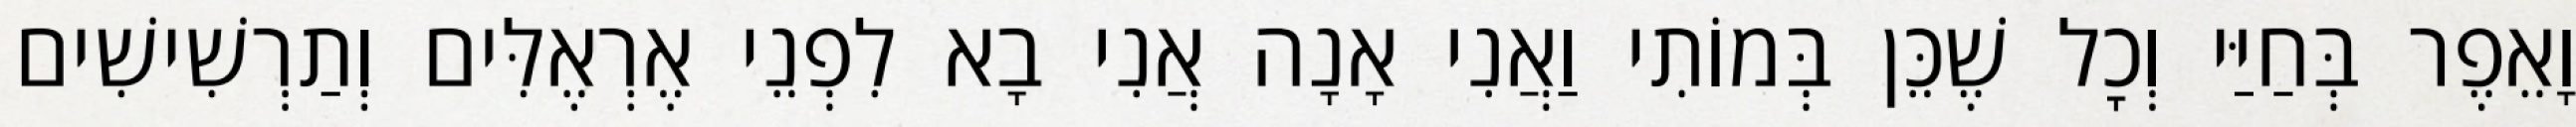
וָאֵפֶר בְּחַיַּי וְכׇל שֶׁכֵּן בְּמוֹתִי וַאֲנִי אָנָה אֲנִי בָא לִפְנֵי אֶרְאֶלִּים וְתַרְשִׁישִׁים